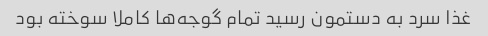
غذا سرد به دستمون رسید تمام گوجه‌ها کاملا سوخته بود